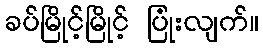
ခပ်မြိုင့်မြိုင့် ပြုံးလျက်။